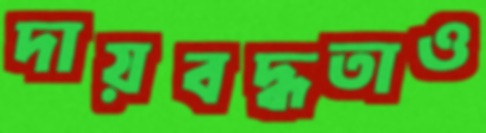
দায়বদ্ধতাও